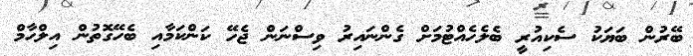
ބޭރުން ބަޔަކު ސެކިއުރީ ބެލެހެއްޓުމަށް ގެންނައިރު ވިސްނަން ޖެހޭ ކަންކަމާއި ބެހޭގޮތުން އިލްހާމް